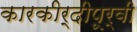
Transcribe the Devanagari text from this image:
कारकीर्दीपूर्वी